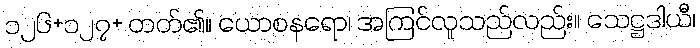
၁၂၆+၁၂၇+ တတ်၏။ ယောစနရော၊ အကြင်လူသည်လည်း။ သေဋ္ဌဒါယီ၊